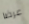
عرضا